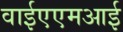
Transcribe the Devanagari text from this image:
वाईएएमआई